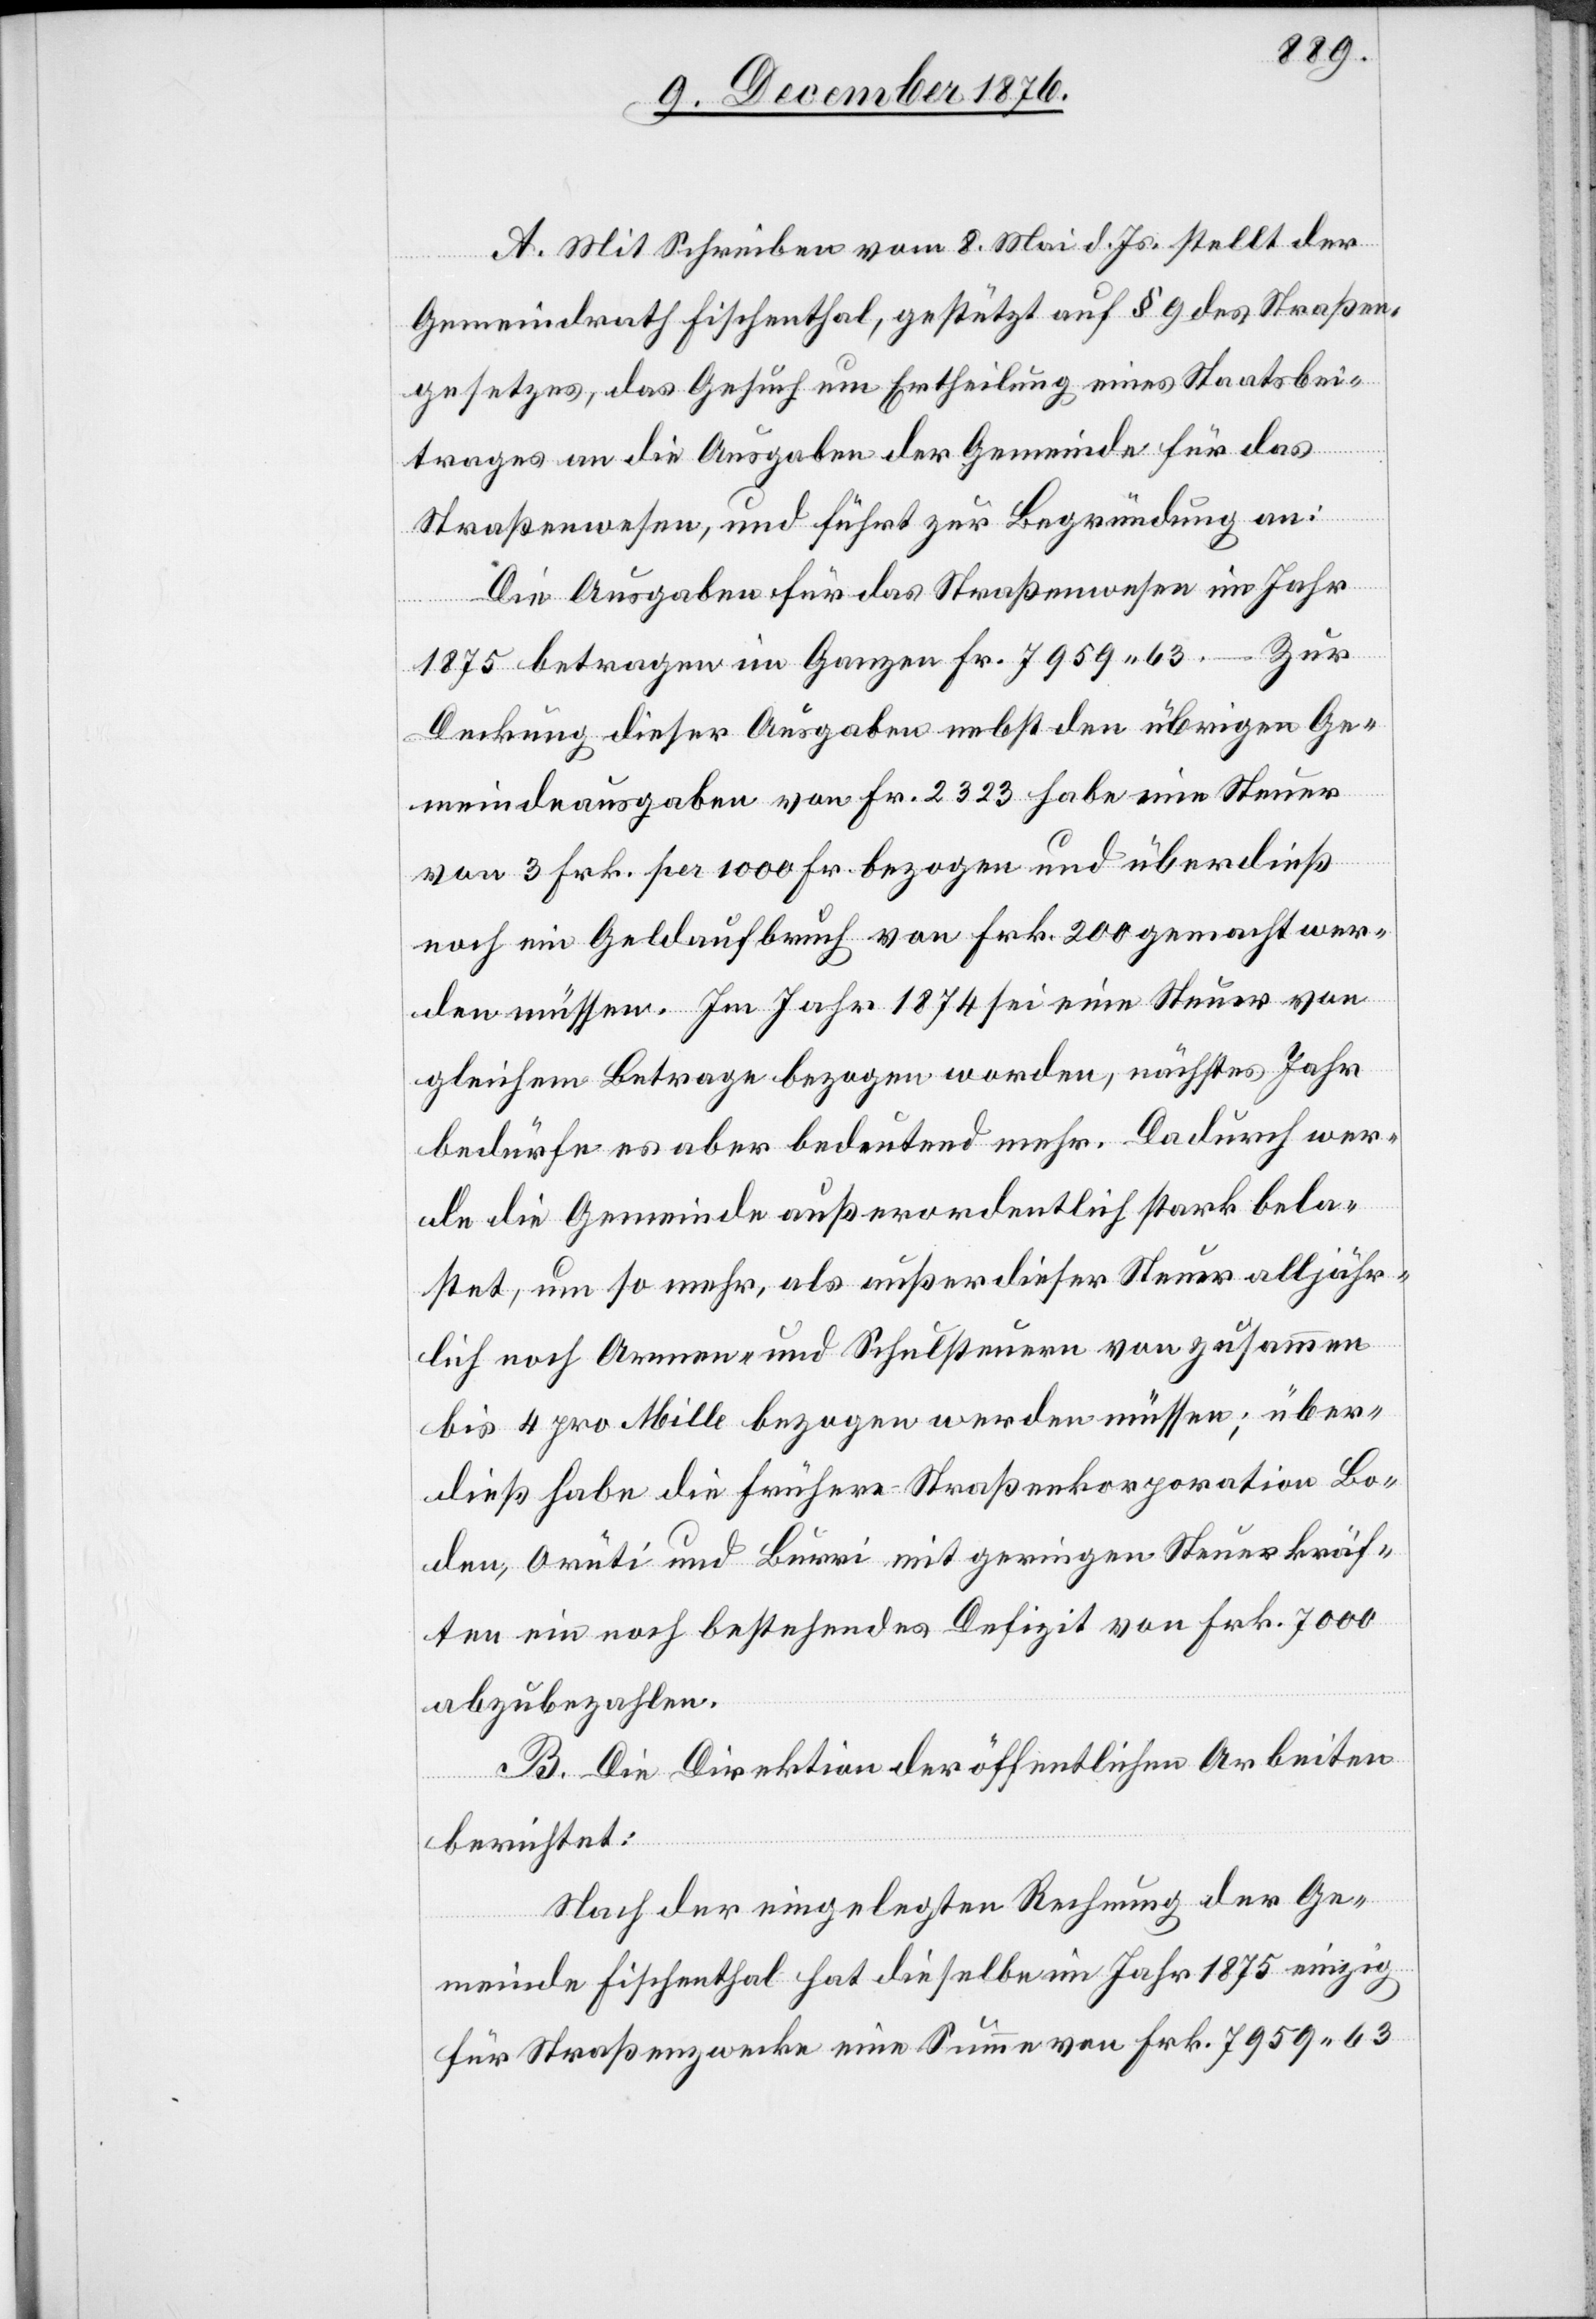
A. Mit Schreiben vom 8. Mai d. Js. stellt der
Gemeindrath Fischenthal, gestützt auf § 9 des Straßen¬
gesetzes, das Gesuch um Ertheilung eines Staatsbei¬
trages an die Ausgaben der Gemeinde für das
Straßenwesen, und führt zu Begründung an:
Die Ausgaben für das Straßenwesen im Jahr
1875 betragen im Ganzen Fr. 7959 63.
Deckung dieser Ausgaben nebst den übrigen Ge¬
meindeausgaben von Fr. 2323 habe eine Steuer
von 3 Frk. per 1000 Fr. bezogen und überdieß
noch ein Geldaufbruch von Frk. 200 gemacht wer¬
den müssen. Im Jahr 1874 sei eine Steuer von
gleichem Betrage bezogen worden, nächstes Jahr
bedürfe es aber bedeutend mehr. Dadurch wer¬
de die Gemeinde außerordentlich stark bela¬
stet, um so mehr, als außer dieser Steuer alljähr¬
lich noch Armen- und Schulsteuern von zusammen
bis 4 pro Mille bezogen werden müssen; über
dieß habe die frühere Straßenkorporation Bo¬
den, Orüti und Burri mit geringen Steuerkräf¬
ten ein noch bestehendes Defizit von Frk. 7000
abzubezahlen.
B. Die Direktion der öffentlichen Arbeiten
berichtet:
Nach der eingelegten Rechnung der Ge¬
meinde Fischenthal hat dieselbe im Jahr 1875 einzig
für Straßenzwecke eine Summe von Frk. 7959 63